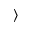
\rangle